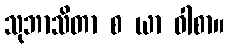
သုဘာသိတာ စ ယာ ဝါစာ။